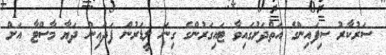
ސަރުކާރު ސިފައިންގެ އަތްދަށުގައިވާ ޓައިގަރުންގެ ގިނަ ލީޑަރުން ފަދައިން ދަޔާ މާސްޓާ އަށް